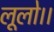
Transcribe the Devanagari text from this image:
लूलो।।